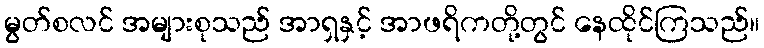
မွတ်စလင် အများစုသည် အာရှနှင့် အာဖရိကတို့တွင် နေထိုင်ကြသည်။